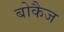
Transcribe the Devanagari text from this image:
बोकैज